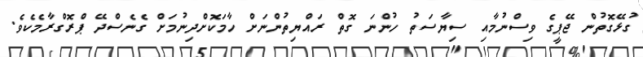
ގުޅޭގޮތުން ޖޭޕީގެ ވިސްނުމާއި ސިޔާސަތު ހުންނަ ގޮތް ރައްޔިތުންނަށް ހާމަކޮށްދިނުމަށް ގެނެސްދޭ ޕްރޮގްރާމެކެވެ.